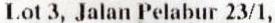
LOT 3, JALAN PELABUR 23/1,